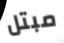
مبتل